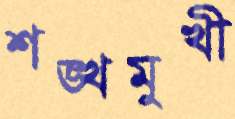
শঙ্খমুখী